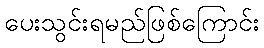
ပေးသွင်းရမည်ဖြစ်ကြောင်း